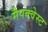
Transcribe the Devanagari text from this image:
मैपक्वेस्ट